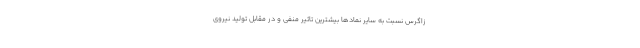
زاگرس نسبت به سایر نمادها بیشترین تاثیر منفی و در مقابل تولید نیروی